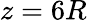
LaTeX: z=6R